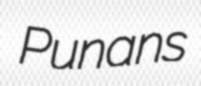
Punans